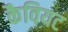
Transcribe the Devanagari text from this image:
कैवियट